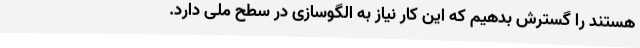
هستند را گسترش بدهیم که این کار نیاز به الگوسازی در سطح ملی دارد.